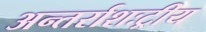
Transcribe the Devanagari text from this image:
अन्तर्राशःट्रीय